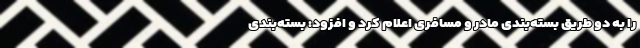
را به دو طریق بسته‌بندی مادر و مسافری اعلام کرد و افزود: بسته‌بندی